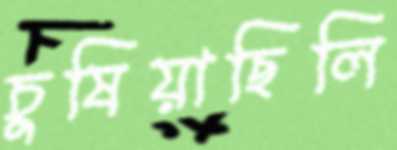
চুষিয়াছিলি